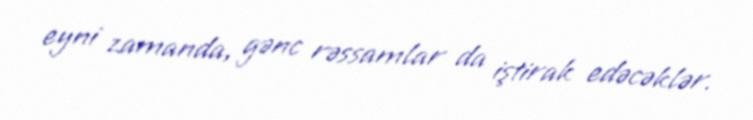
eyni zamanda, gənc rəssamlar da iştirak edəcəklər.